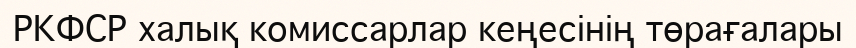
РКФСР халық комиссарлар кеңесінің төрағалары